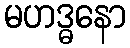
မဟဒ္ဓနော